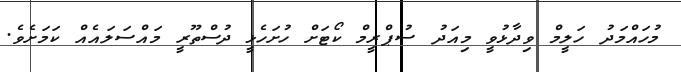
މުހައްމަދު ހަލީމް ވިދާޅުވީ މިއަދު ސުޕްރީމް ކޯޓަށް ހުށަހެޅީ ދުސްތޫރީ މައްސަލައެއް ކަމަށެވެ.